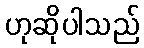
ဟုဆိုပါသည်